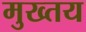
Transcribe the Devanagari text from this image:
मुख्तय